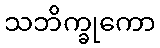
သဘိက္ခုကော